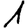
Digit: 1